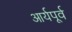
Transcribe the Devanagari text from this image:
आर्यपूर्व